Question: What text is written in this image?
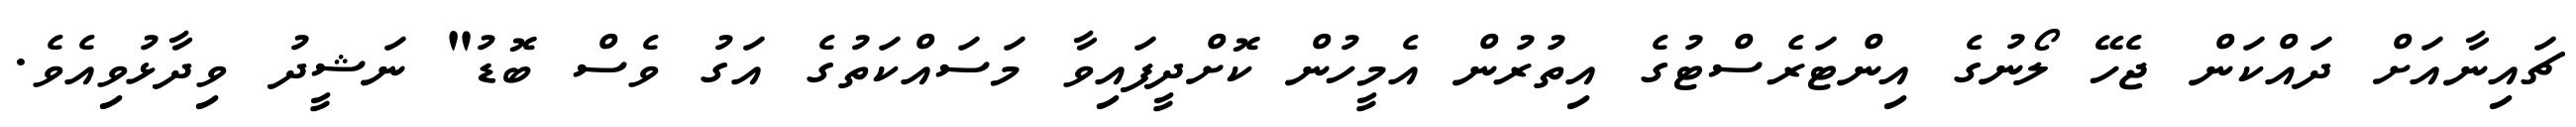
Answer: ޗައިނާއަށް ދައްކަން ޖެހޭ ލޯނުގެ އިންޓަރެސްޓުގެ އިތުރުން އެމީހުން ކޮށްދީފައިވާ މަސައްކަތުގެ އަގު ވެސް ބޮޑު" ނަޝީދު ވިދާޅުވިއެވެ.